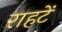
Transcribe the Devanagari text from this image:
राहटें